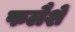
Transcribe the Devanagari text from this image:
फलैशें